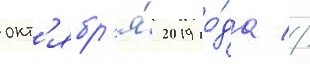
окт'ябр'я́ 2019 го́да //